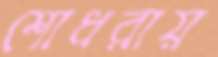
শোধরায়